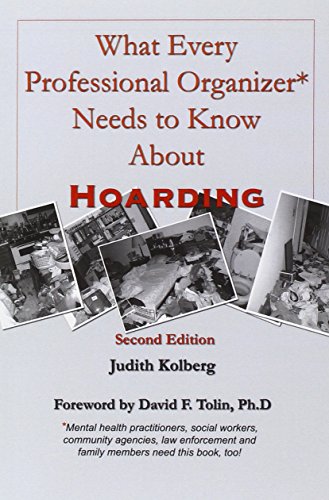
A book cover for What Every Professional Organizer Needs to Know About Hoarding; Judith Kolberg; Health, Fitness & Dieting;